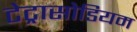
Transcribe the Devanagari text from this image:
टेट्रासोडियम